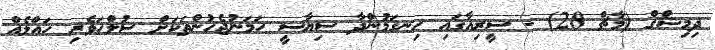
ދިމިޝްގް (މާޗް 28) - ސީރިއާގައި ހިނގަމުންދާ ސިޔާސީ ހަމަނުޖެހުންތަކަށް ސުލްހަވެރި ހައްލެއް